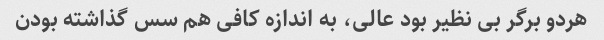
هردو برگر بی نظیر بود عالی، به اندازه کافی هم سس گذاشته بودن